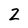
Character: 2